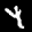
Label: 4